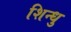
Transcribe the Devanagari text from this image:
शिन्धु